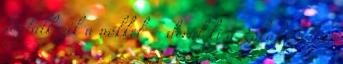
foglalkozik a nőkkel – derül ki a Lokál Online